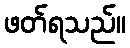
ဖတ်ရသည်။